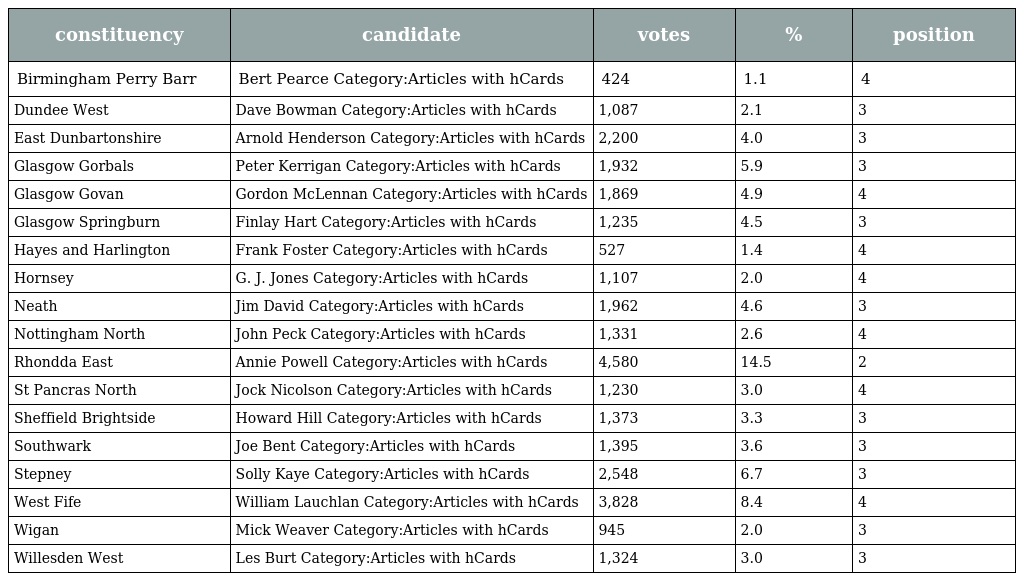
| constituency | candidate | votes | % | position |
 | --- | --- | --- | --- | --- |
 | Birmingham Perry Barr | Bert Pearce Category:Articles with hCards | 424 | 1.1 | 4 |
 | Dundee West | Dave Bowman Category:Articles with hCards | 1,087 | 2.1 | 3 |
 | East Dunbartonshire | Arnold Henderson Category:Articles with hCards | 2,200 | 4.0 | 3 |
 | Glasgow Gorbals | Peter Kerrigan Category:Articles with hCards | 1,932 | 5.9 | 3 |
 | Glasgow Govan | Gordon McLennan Category:Articles with hCards | 1,869 | 4.9 | 4 |
 | Glasgow Springburn | Finlay Hart Category:Articles with hCards | 1,235 | 4.5 | 3 |
 | Hayes and Harlington | Frank Foster Category:Articles with hCards | 527 | 1.4 | 4 |
 | Hornsey | G. J. Jones Category:Articles with hCards | 1,107 | 2.0 | 4 |
 | Neath | Jim David Category:Articles with hCards | 1,962 | 4.6 | 3 |
 | Nottingham North | John Peck Category:Articles with hCards | 1,331 | 2.6 | 4 |
 | Rhondda East | Annie Powell Category:Articles with hCards | 4,580 | 14.5 | 2 |
 | St Pancras North | Jock Nicolson Category:Articles with hCards | 1,230 | 3.0 | 4 |
 | Sheffield Brightside | Howard Hill Category:Articles with hCards | 1,373 | 3.3 | 3 |
 | Southwark | Joe Bent Category:Articles with hCards | 1,395 | 3.6 | 3 |
 | Stepney | Solly Kaye Category:Articles with hCards | 2,548 | 6.7 | 3 |
 | West Fife | William Lauchlan Category:Articles with hCards | 3,828 | 8.4 | 4 |
 | Wigan | Mick Weaver Category:Articles with hCards | 945 | 2.0 | 3 |
 | Willesden West | Les Burt Category:Articles with hCards | 1,324 | 3.0 | 3 |